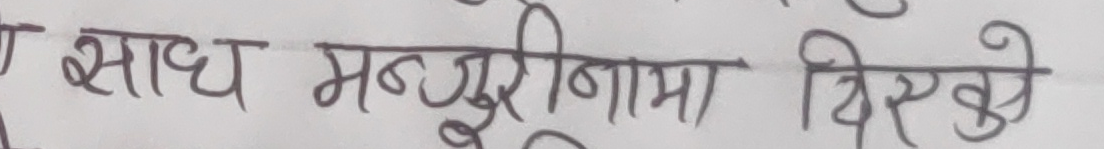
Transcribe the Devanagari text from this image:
साघ मंजुरीनामा दिएको